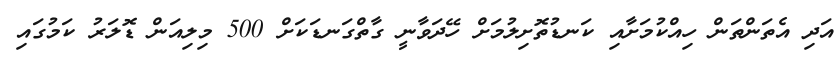
އަދި އެތަންތަން ހިއްކުމަށާއި ކަނޑުތޮށިލުމަށް ހޭދަވާނީ ގާތްގަނޑަކަށް 500 މިލިއަން ޑޮލަރު ކަމުގައި